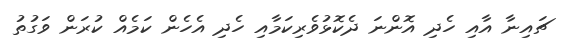
ޗައިނާ އާއި ހެދި އޮންނަ ދެކޮޅުވެރިކަމާއި ހެދި އެހެން ކަމެއް ކުރަން ވަގުތު